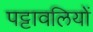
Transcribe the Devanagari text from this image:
पट्टावलियों